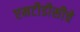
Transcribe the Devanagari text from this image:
एमटीडीसीचे